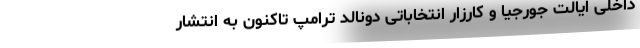
داخلی ایالت جورجیا و کارزار انتخاباتی دونالد ترامپ تاکنون به انتشار